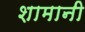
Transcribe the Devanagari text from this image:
शामानी